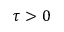
\tau > 0